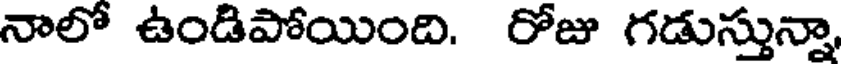
నాలో ఉండిపోయింది. రోజు గడుస్తున్నా